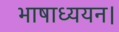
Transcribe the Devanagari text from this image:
भाषाध्ययन।